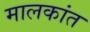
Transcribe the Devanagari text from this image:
मालकांत